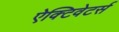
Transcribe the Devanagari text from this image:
ऐक्टिवेटर्स